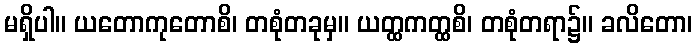
မရှိပါ။ ယတောကုတောစိ၊ တစုံတခုမှ။ ယတ္ထကတ္ထစိ၊ တစုံတရာ၌။ ခလိတော၊